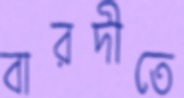
বারদীতে